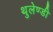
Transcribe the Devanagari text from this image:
थुलेण्डी